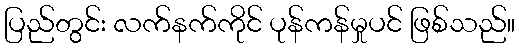
ပြည်တွင်း လက်နက်ကိုင် ပုန်ကန်မှုပင် ဖြစ်သည်။